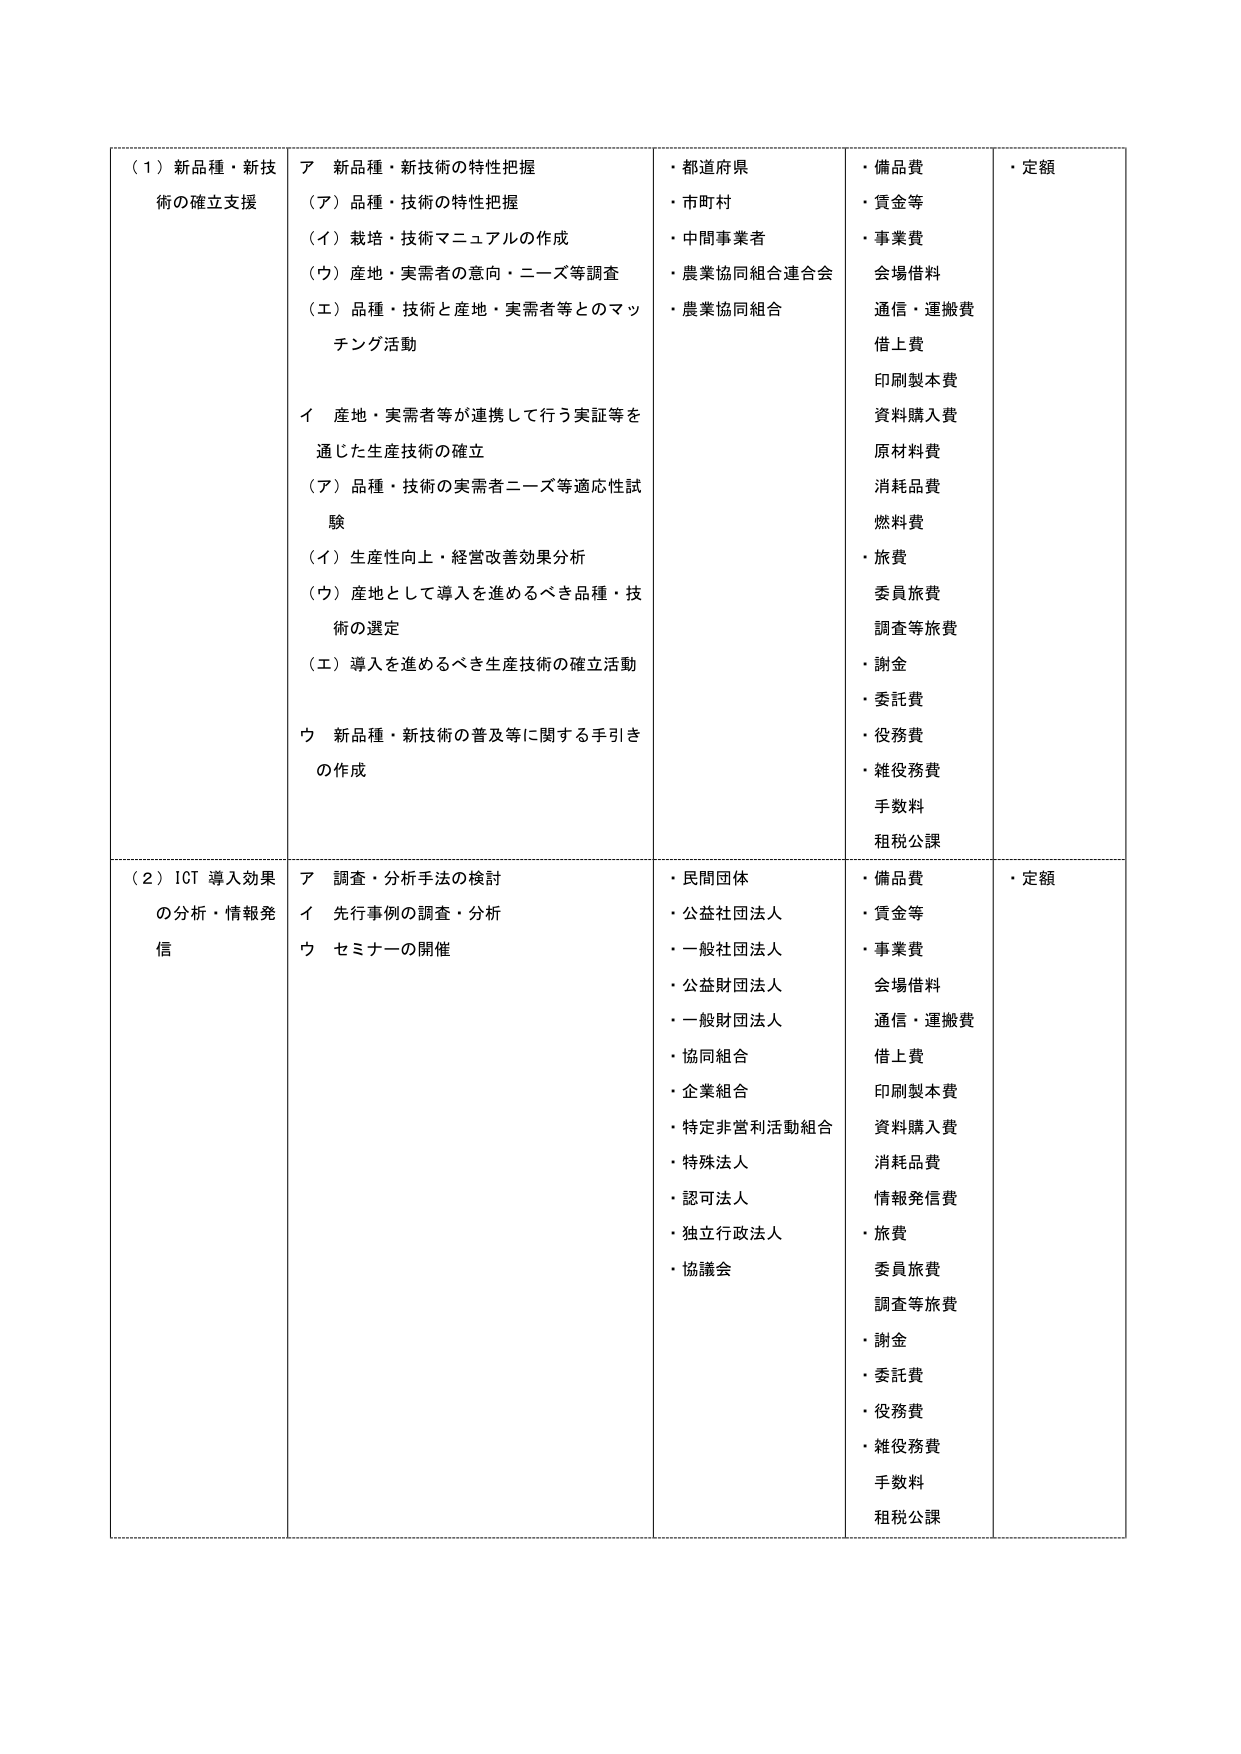
（１）新品種・新技術の確立支援
ア 新品種・新技術の特性把握
（ア）品種・技術の特性把握
（イ）栽培・技術マニュアルの作成
（ウ）産地・実需者の意向・ニーズ等調査
（エ）品種・技術と産地・実需者等とのマッチング活動
イ 産地・実需者等が連携して行う実証等を通じた生産技術の確立
（ア）品種・技術の実需者ニーズ等適応性試験
（イ）生産性向上・経営改善効果分析
（ウ）産地として導入を進めるべき品種・技術の選定
（エ）導入を進めるべき生産技術の確立活動
ウ 新品種・新技術の普及等に関する手引きの作成

・都道府県
・市町村
・中間事業者
・農業協同組合連合会
・農業協同組合

・備品費
・賃金等
・事業費
会場借料
通信・運搬費
借上費
印刷製本費
資料購入費
原材料費
消耗品費
燃料費
・旅費
委員旅費
調査等旅費
・謝金
・委託費
・役務費
・雑役務費
手数料
租税公課

・定額

（２）ICT 導入効果の分析・情報発信
ア 調査・分析手法の検討
イ 先行事例の調査・分析
ウ セミナーの開催

・民間団体
・公益社団法人
・一般社団法人
・公益財団法人
・一般財団法人
・協同組合
・企業組合
・特定非営利活動組合
・特殊法人
・認可法人
・独立行政法人
・協議会

・備品費
・賃金等
・事業費
会場借料
通信・運搬費
借上費
印刷製本費
資料購入費
消耗品費
情報発信費
・旅費
委員旅費
調査等旅費
・謝金
・委託費
・役務費
・雑役務費
手数料
租税公課

・定額